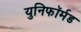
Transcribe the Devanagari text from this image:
युनिफॉर्मड